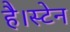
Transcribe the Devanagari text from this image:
है।स्टेन